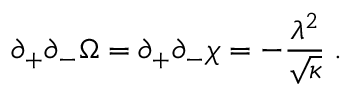
\partial _ { + } \partial _ { - } \Omega = \partial _ { + } \partial _ { - } \chi = - \frac { \lambda ^ { 2 } } { \sqrt { \kappa } } \; .